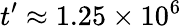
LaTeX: t^{\prime}\approx 1.25\times 10^{6}